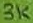
Text: 3K